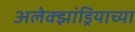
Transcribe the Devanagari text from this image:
अलेक्झांड्रियाच्या